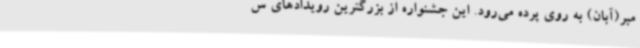
مبر(آبان) به روی پرده می‌رود. این جشنواره از بزرگترین رویدادهای س